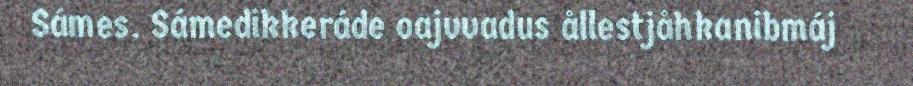
Sámes. Sámedikkeráde oajvvadus ållestjåhkanibmáj